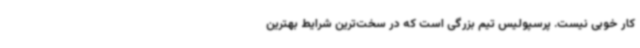
کار خوبی نیست. پرسپولیس تیم بزرگی است که در سخت‌ترین شرایط بهترین